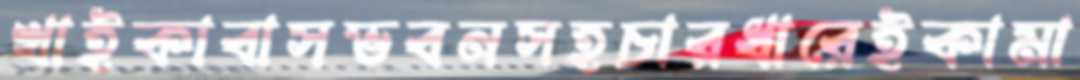
খাইকাবাসভবনসহচারধারেইকামা